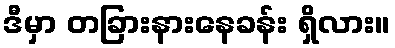
ဒီမှာ တခြားနားနေခန်း ရှိလား။